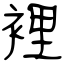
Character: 裡